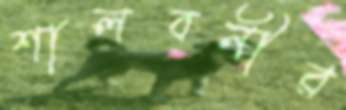
শালবনীর